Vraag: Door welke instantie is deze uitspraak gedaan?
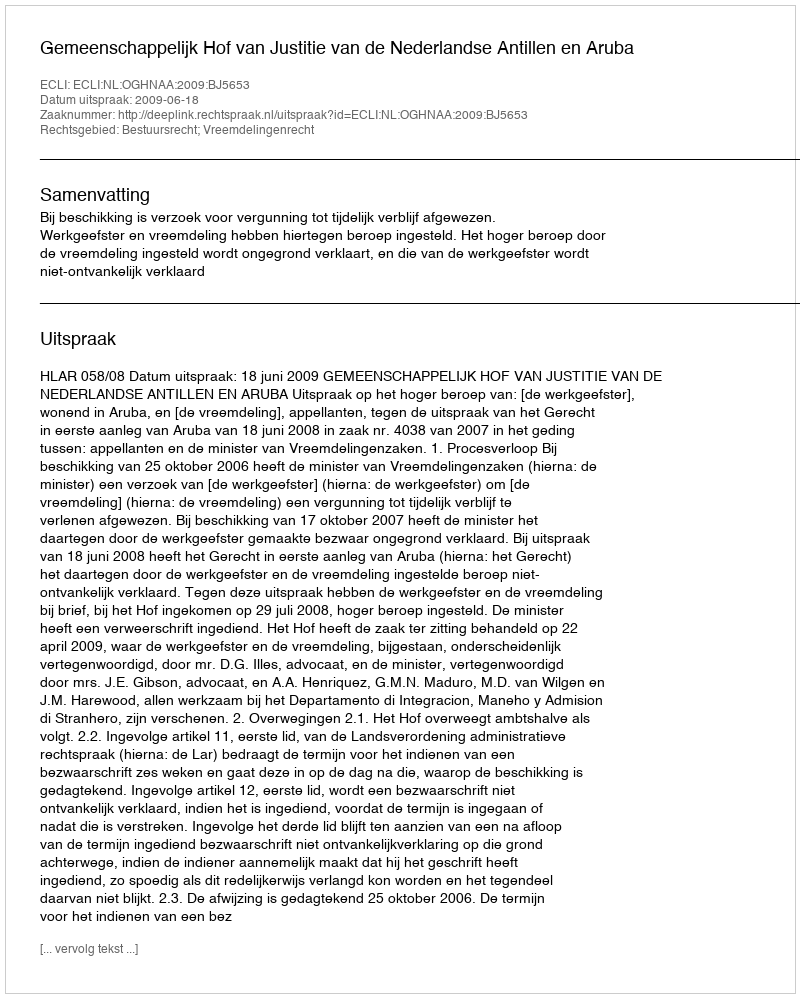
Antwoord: Gemeenschappelijk Hof van Justitie van de Nederlandse Antillen en Aruba